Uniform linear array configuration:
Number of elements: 12
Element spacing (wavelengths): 0.5
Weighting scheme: hann
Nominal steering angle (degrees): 15
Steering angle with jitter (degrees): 13.349
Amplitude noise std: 0.05
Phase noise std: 0.05

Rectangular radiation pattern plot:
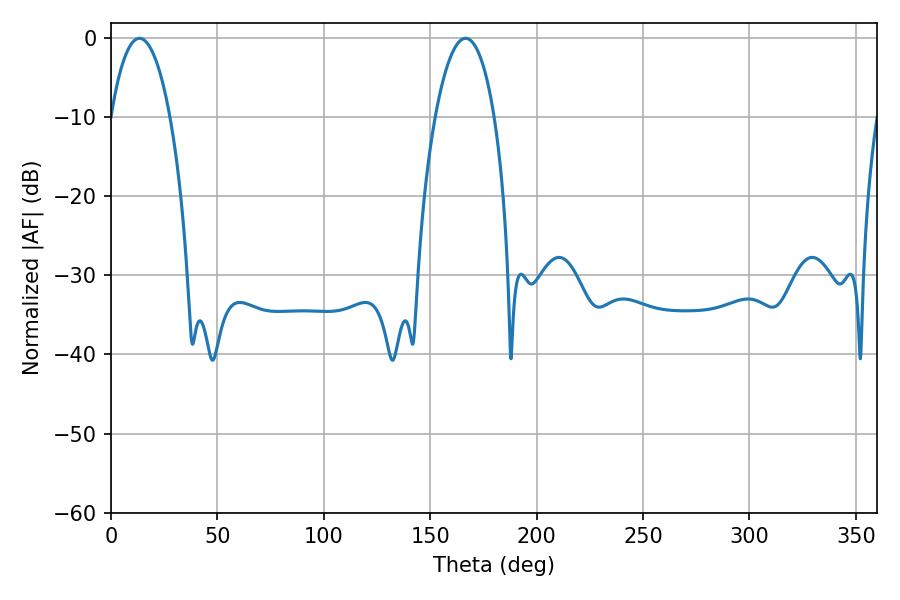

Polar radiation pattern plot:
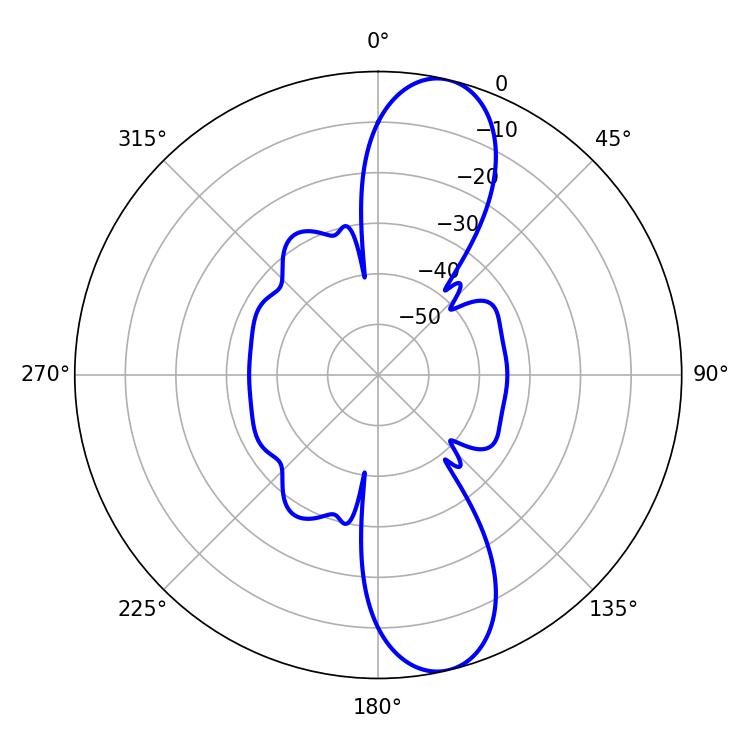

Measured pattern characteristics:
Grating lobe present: FALSE
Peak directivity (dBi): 11.733
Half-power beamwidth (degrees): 15.48
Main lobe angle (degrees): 13.32